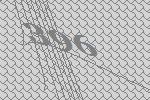
396